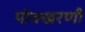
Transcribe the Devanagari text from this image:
पोक्खरणी